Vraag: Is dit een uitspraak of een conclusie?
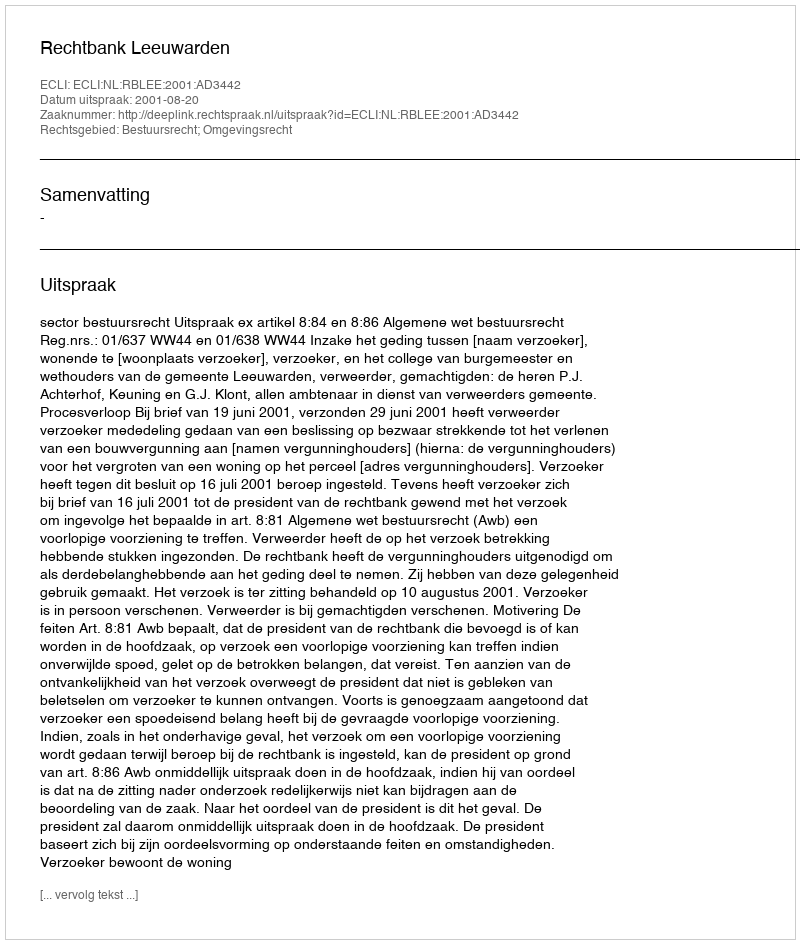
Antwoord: Uitspraak